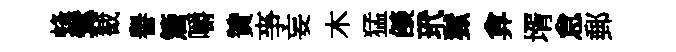
蜂鬂截譽簷嚼贊亊妄木猛燄玳獄弇壻怠郵